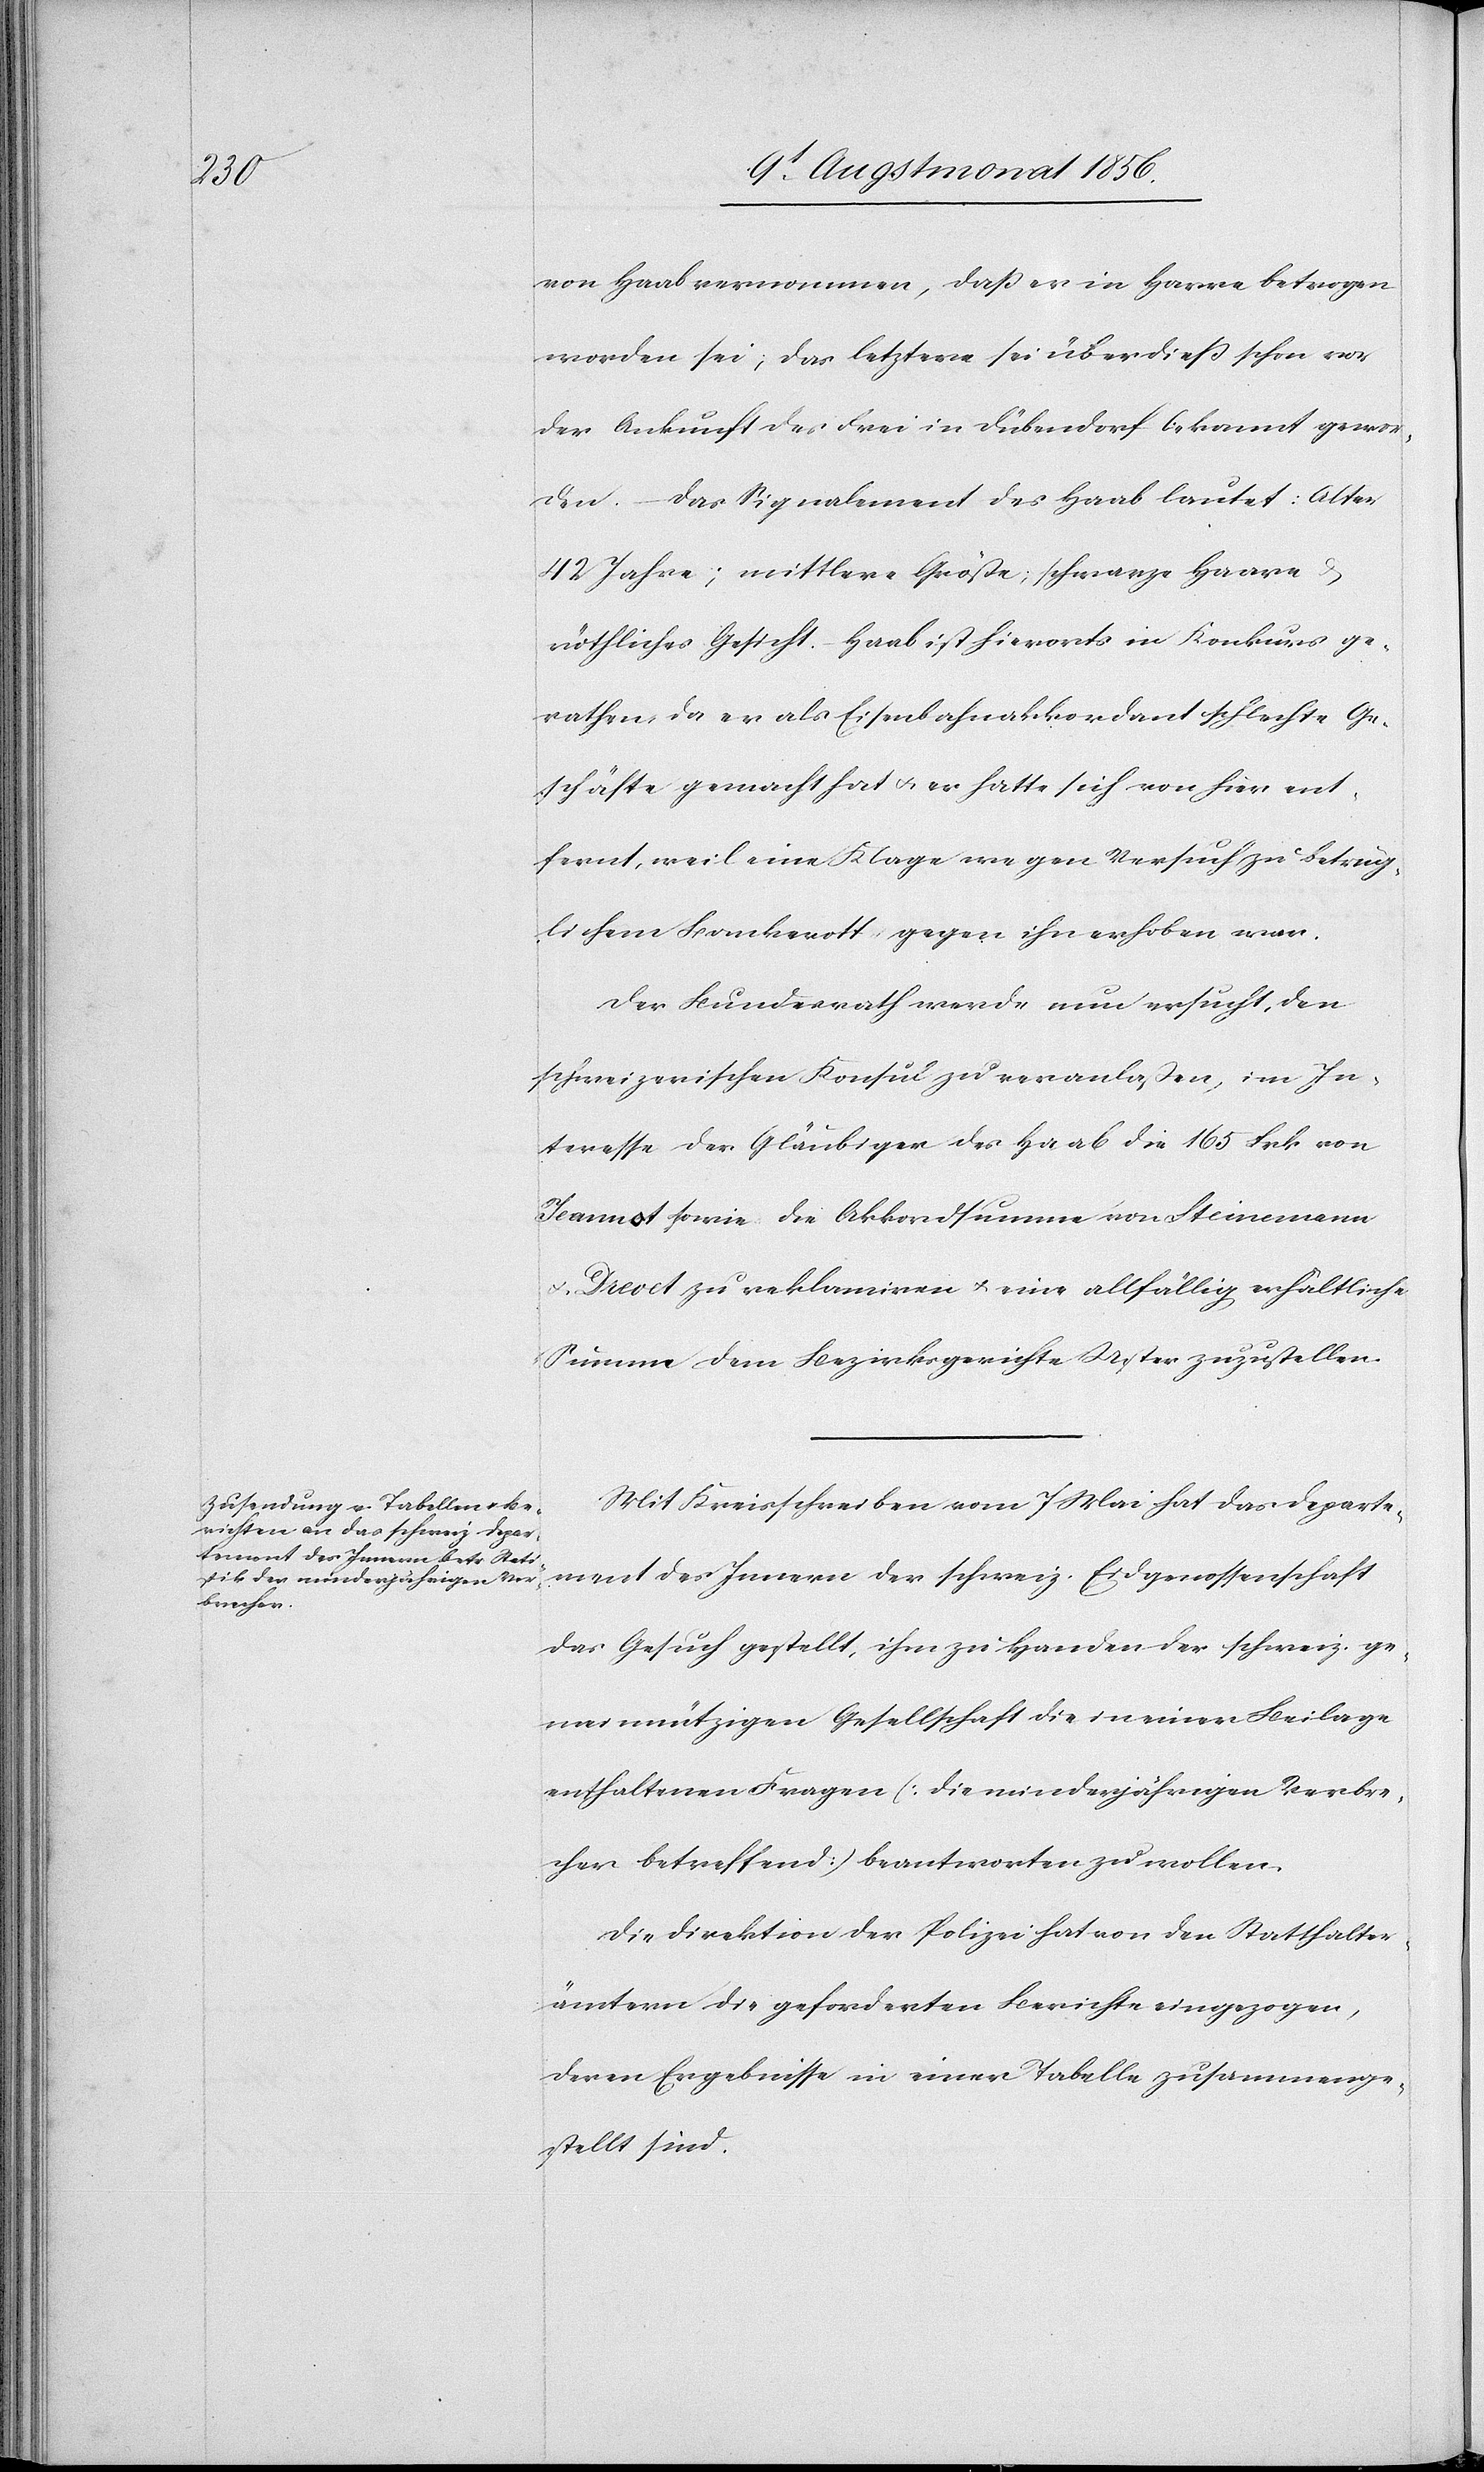
von Haab vernommen, daß er in Havre betrogen
worden sei; das letztere sei überdieß schon vor
der Ankunft des Frei in Dübendorf bekannt gewo¬
rden. – Das Signalement des Haab lautet: Alter
42 Jahre; mittlere Größe; schwarze Haare &
röthliches Gesicht. – Haab ist hierorts in Konkurs ge¬
rathen, da er als Eisenbahnakkordant schlechte Ge¬
schäfte gemacht hat u. er hatte sich von hier ent¬
fernt, weil eine Klage wegen Versuch zu betrüg¬
lichem Bankerott gegen ihn erhoben war.
Der Bundesrath werde nun ersucht, den
schweizerischen Konsul zu veranlaßen, im In¬
teresse der Gläubiger des Haab die 165 Frk von
Jeannot sowie die Akkordsumme von Steinemann
Drevet zu reklamiren u. eine allfällig erhältliche
Summe dem Bezirksgerichte Uster zuzustellen.
Mit Kreisschreiben vom 7 Mai hat das Departe¬
ment des Innern der schweiz. Eidgenossenschaft
das Gesuch gestellt, ihm zu Handen der schweiz. ge¬
meinnützigen Gesellschaft die in einer Beilage
enthaltenen Fragen [die minderjährigen Verbre¬
cher betreffend] beantworten zu wollen.
Die Direktion der Polizei hat von den Statthalter¬
ämtern die geforderten Berichte eingezogen,
deren Ergebnisse in einer Tabelle zusammenge¬
stellt sind.